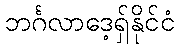
ဘင်္ဂလာဒေ့ရှ်နိုင်ငံ